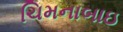
ચિમનાબાઇ